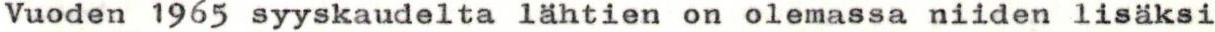
Vuoden 1965 syyskaudelta lähtien on olemassa niiden lisäksi